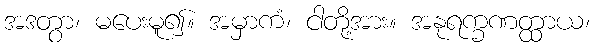
အဒတွာ၊ မပေးမူ၍။ အမှာကံ၊ ငါတို့အား။ အနုရက္ခဏတ္ထာယ၊